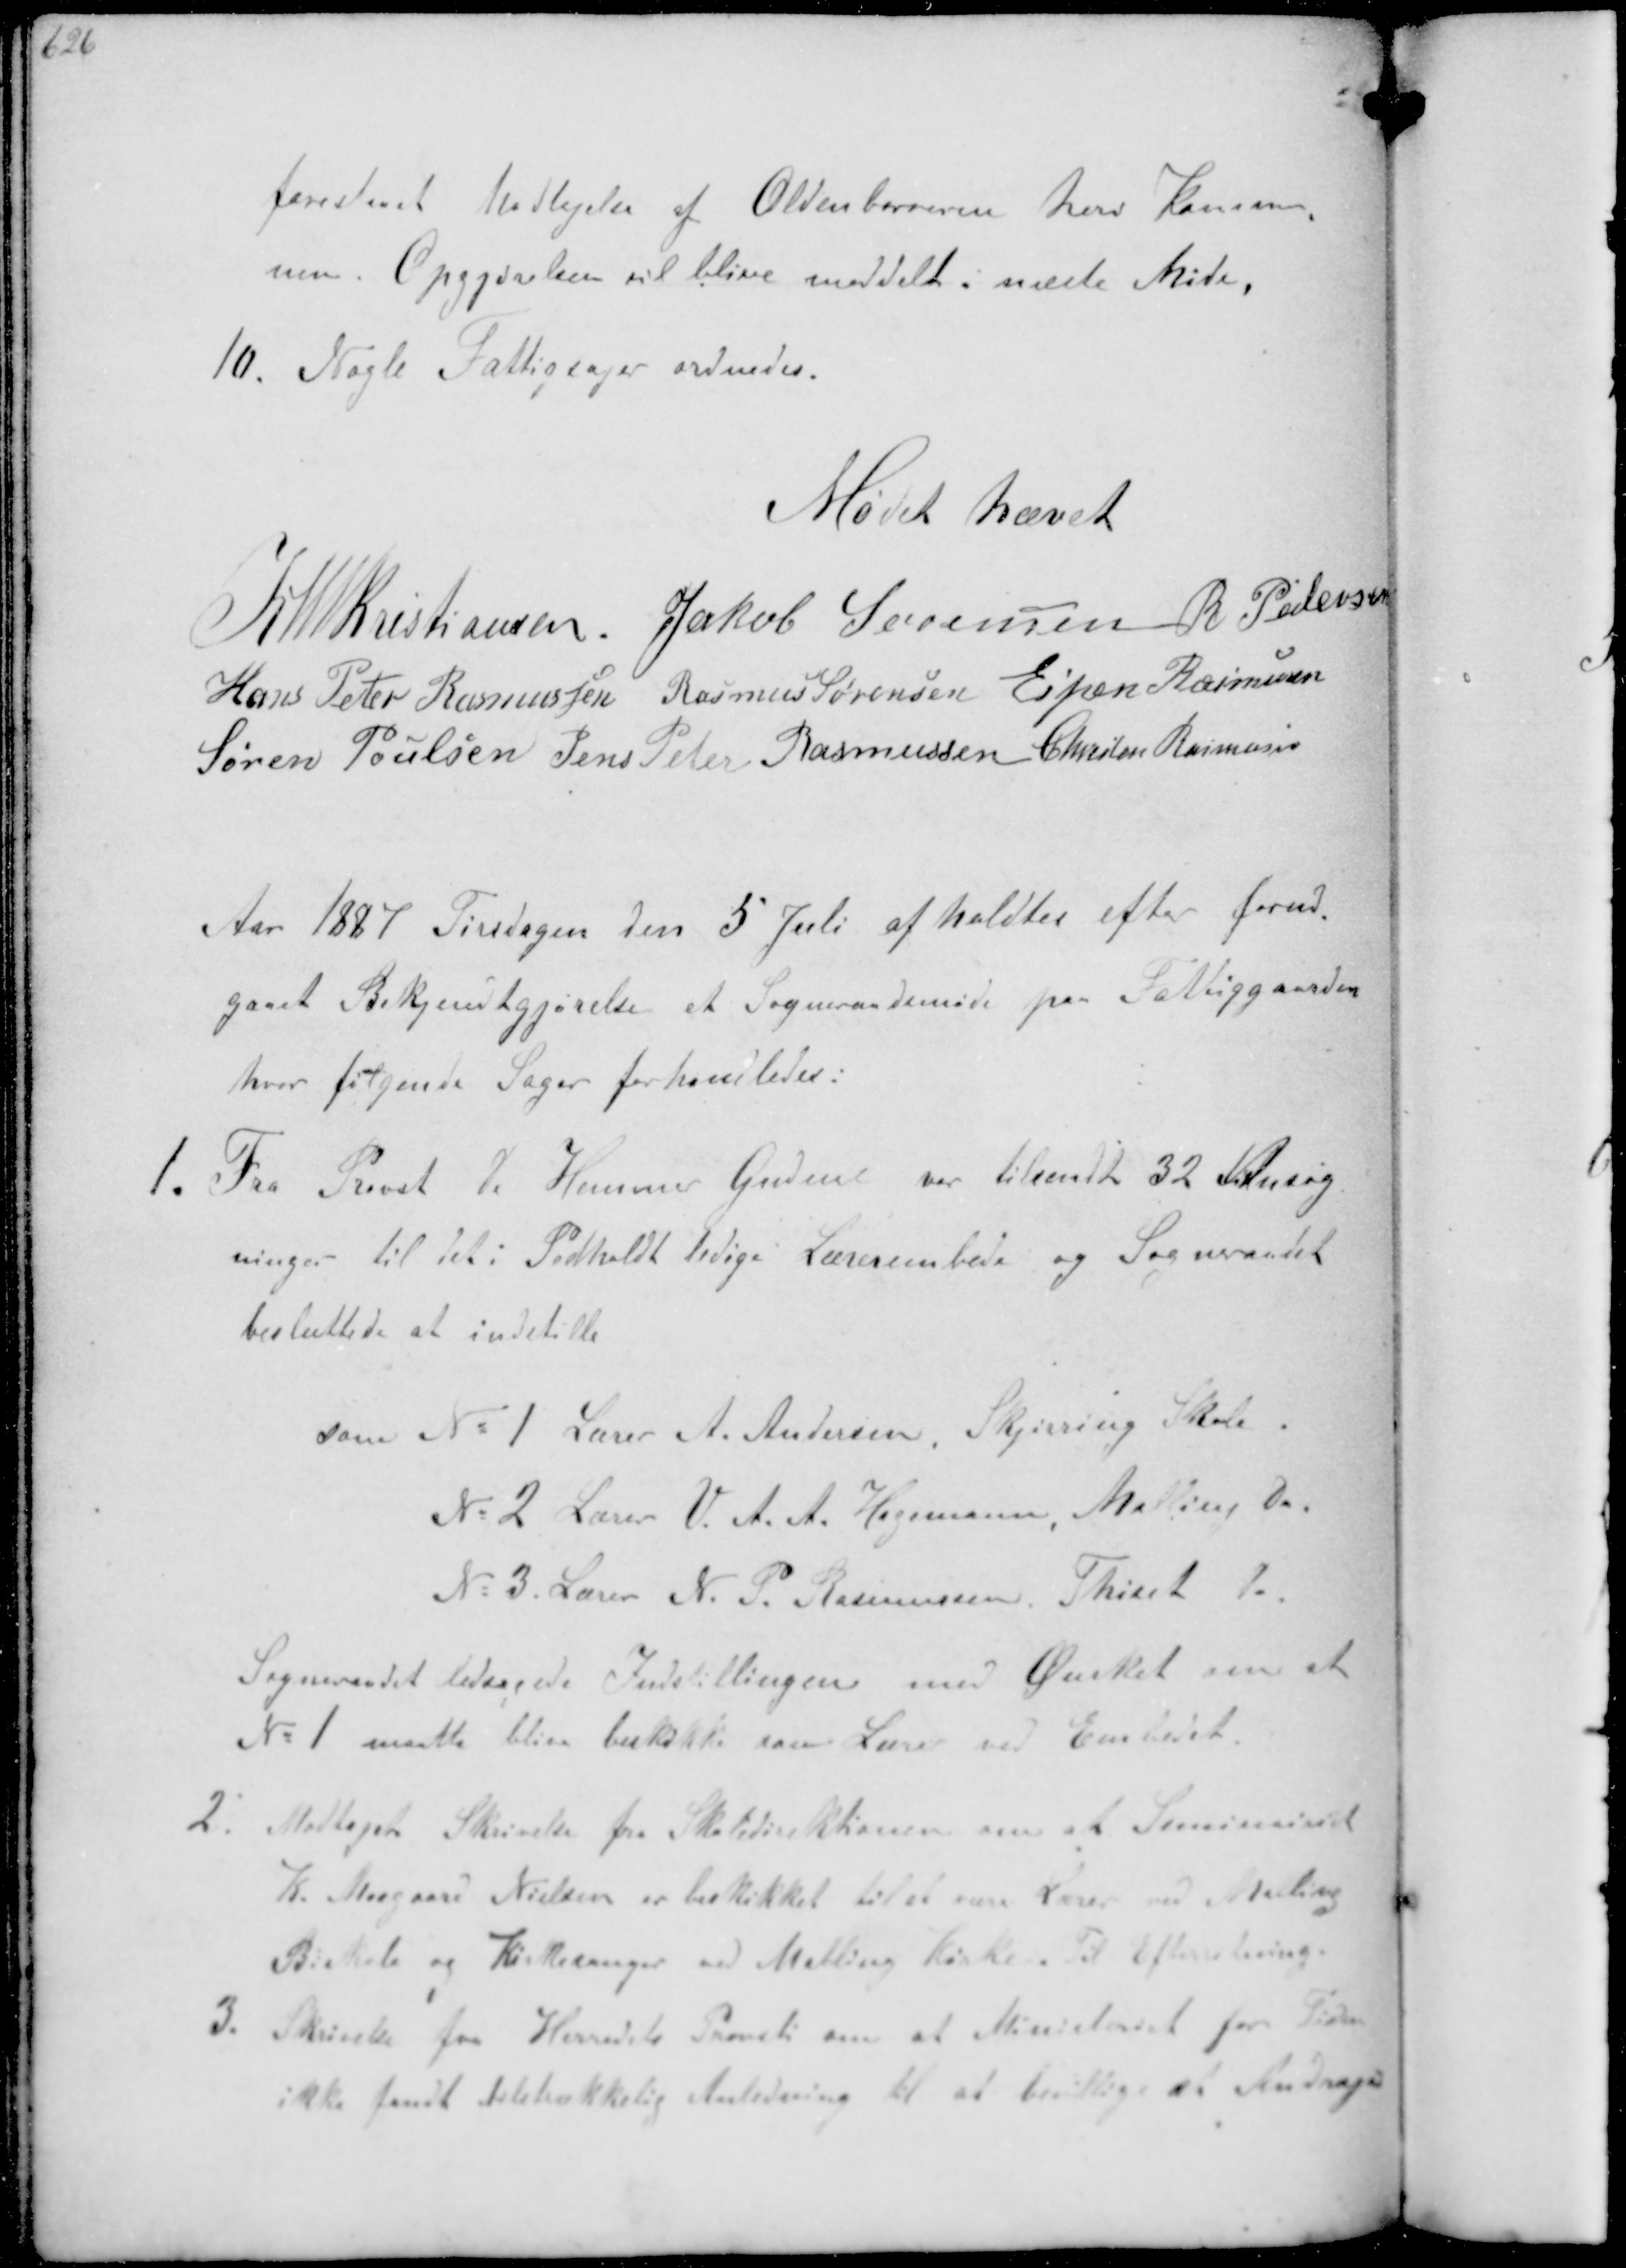
Transskription:
forestaaet Modtagelse af Oldenborrerne heri Kommu-
nen Opgjørelsen vil blive meddelt i næste Møde.
10. Nogle Fattigsager ordnedes.

Mødet hævet

K N M Kristiansen Jakob Sørensen R Pedersen
Hans Peter Rasmussen Rasmus Sørensen Espen Rasmussen
Søren Poulsen Jens Peter Rasmussen Christen Rasmussen

Aar 1887 Tirsdagen den 5 Juli afholdtes efter Forud-
gaaet Bekjentgjørelse et Sogneraadsmøde paa Fattiggaarden
hvor følgende Sager forhandledes:
1. Fra Provst de Hemmer Gudme var tilsendt 32 Ansøg-
ninger til det i Pedholdt ledige Lærerembede og Sogneraadet
besluttede at indstille

Som No 1 Lærer A. Andersen Skjørring Skole.
No 2 Lærer V. A. A. Hagemann, Malling do
No 3. Lærer N. P. Rasmussen Thiset do

Sogneraadet ledsagede Indstillingen med Ønsket om at
No 1 maatte blive beskikket som Lærer ved Embedet
2. Modtaget Skrivelse fra Skoledirektionen om at Seminarist
K. Storgaard Nielsen er beskikket som Lærer ved Malling
Biskole og Kirkesanger ved Malling Kirke til Efteretning
3 Skrivelse fra Herredets Provsti om at Ministeriet for Tiden
ikke fand tilstrækkelig Anledning til at bevillige et Andragende